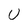
Character: U